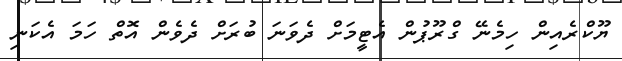
ޔޫކްރެއިން ހިމެނޭ ގްރޫޕުން އެޓީމަށް ދެވަނަ ބުރަށް ދެވެން އޮތް ހަމަ އެކަނި